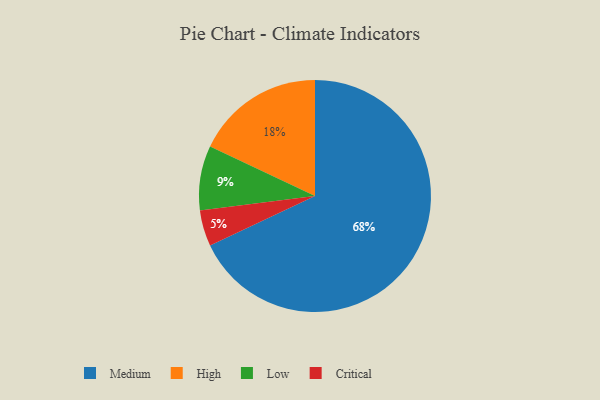
{"axis": {"x": "Category", "y": "Percentage"}, "legend": ["Critical", "High", "Low", "Medium"], "data": [{"x": "High", "y": 18, "type": "High"}, {"x": "Critical", "y": 5, "type": "Critical"}, {"x": "Low", "y": 9, "type": "Low"}, {"x": "Medium", "y": 68, "type": "Medium"}]}